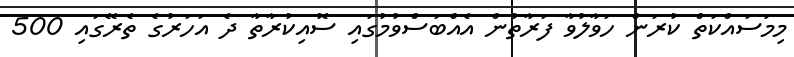
މިމަސައްކަތް ކުރަން ހަވާލުވާ ފަރާތުން އެއްބަސްވުމުގައި ސޮއިކުރާތާ ދެ އަހަރުގެ ތެރޭގައި 500